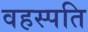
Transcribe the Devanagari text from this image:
वहस्पति